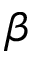
\beta